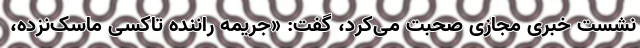
نشست خبری مجازی صحبت می‌کرد، گفت: «جریمه راننده تاکسی ماسک‌نزده،